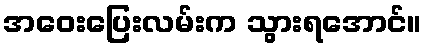
အဝေးပြေးလမ်းက သွားရအောင်။